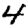
Digit: 4